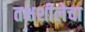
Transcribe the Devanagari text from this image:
तक्षशीलेचा